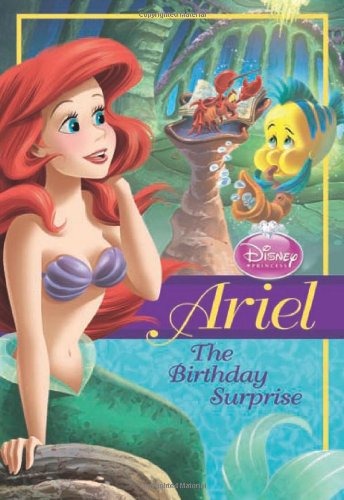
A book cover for Disney Princess Ariel: The Birthday Surprise (Disney Princess Chapter Book: Series #1); Disney Book Group; Children's Books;